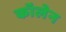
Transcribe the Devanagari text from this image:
कॉलेन